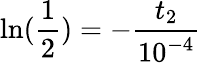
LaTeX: \ln(\frac{1}{2})=-\frac{t_{2}}{10^{-4}}